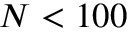
N < 1 0 0